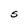
Character: S